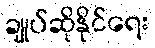
ချုပ်ဆိုနိုင်ရေး